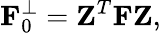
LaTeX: {\displaystyle{\mathbf F}_{0}^{\perp}={\mathbf Z}^{T}{\mathbf F}{\mathbf Z},}